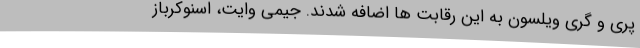
پری و گری ویلسون به این رقابت ها اضافه شدند. جیمی وایت، اسنوکرباز